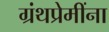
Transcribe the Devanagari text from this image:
ग्रंथप्रेमींना